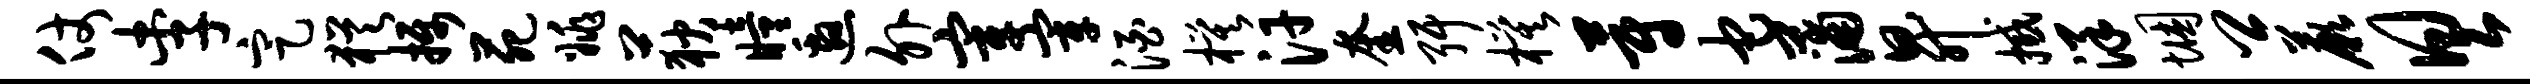
仗李定犹摄苑姚荻瞳邀外宰宰酒模汗奎弭模蔚它蒲升撼洋悃卿蕨具